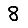
Digit: 8